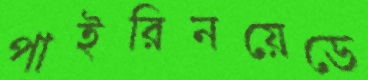
পাইরিনয়েডে